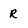
Character: R